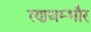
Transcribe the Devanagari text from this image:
रणथम्‍भौर